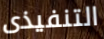
التنفيذى